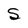
Character: S